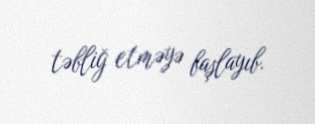
təbliğ etməyə başlayıb.